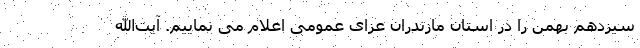
سیزدهم بهمن را در استان مازندران عزای عمومی اعلام می نماییم. آیت‌الله